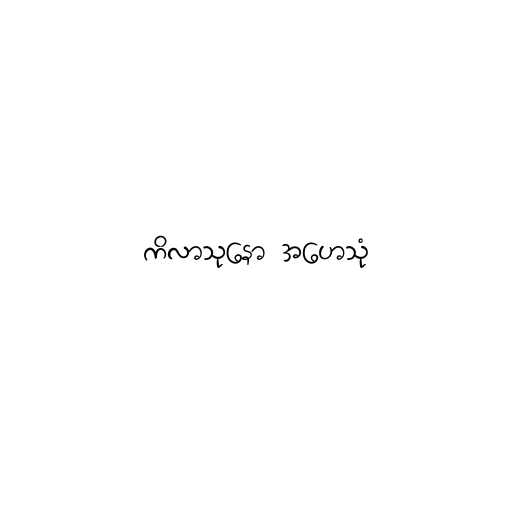
ကိလာသုနော အဟေသုံ